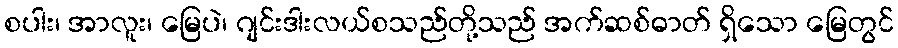
စပါး၊ အာလူး၊ မြေပဲ၊ ဂျင်းဒါးလယ်စသည်တို့သည် အက်ဆစ်ဓာတ် ရှိသော မြေတွင်